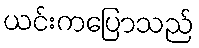
ယင်းကပြောသည်